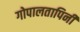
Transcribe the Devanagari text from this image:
गोपालतापिनी